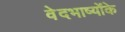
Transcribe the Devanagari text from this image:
वेदभाष्योंके